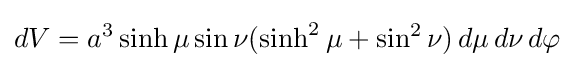
dV=a^{3}\sinh \mu \sin \nu (\sinh ^{2}\mu +\sin ^{2}\nu )\,d\mu \,d\nu \,d\varphi